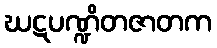
ဃဋပဏ္ဍိတဇာတက